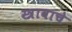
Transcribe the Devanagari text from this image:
स्त्रावाचे